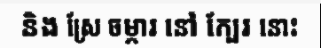
និង ស្រែ ចម្ការ នៅ ក្បែរ នោះ